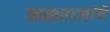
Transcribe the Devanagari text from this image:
जसराजांचे